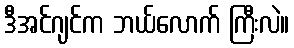
ဒီအင်ဂျင်က ဘယ်လောက် ကြီးလဲ။